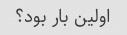
اولین بار بود؟